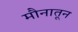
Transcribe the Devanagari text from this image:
मौनातून